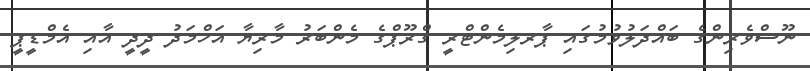
ނޫސްވެރިންގެ ބައްދަލުވުމުގައި ޕާރލިމެންޓްރީ ގްރޫޕްގެ މެންބަރު މާރިޔާ އަހްމަދު ދީދީ އާއި އެމްޑީޕީ